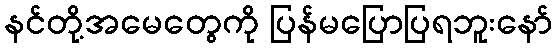
နင်တို့အမေတွေကို ပြန်မပြောပြရဘူးနော်